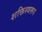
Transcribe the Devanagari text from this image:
शक्तिस्वरूप